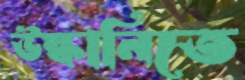
উস্কানিতে